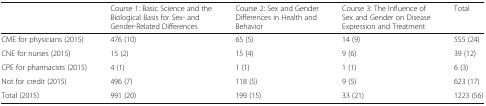
<table><thead><tr><td></td><td><b>Course 1: Basic Science and the Biological Basis for Sex- and Gender-Related Differences</b></td><td><b>Course 2: Sex and Gender Differences in Health and Behavior</b></td><td><b>Course 3: The Influence of Sex and Gender on Disease Expression and Treatment</b></td><td><b>Total</b></td></tr></thead><tbody><tr><td>CME for physicians (2015)</td><td>476 (10)</td><td>65 (5)</td><td>14 (9)</td><td>555 (24)</td></tr><tr><td>CNE for nurses (2015)</td><td>15 (2)</td><td>15 (4)</td><td>9 (6)</td><td>39 (12)</td></tr><tr><td>CPE for pharmacists (2015)</td><td>4 (1)</td><td>1 (1)</td><td>1 (1)</td><td>6 (3)</td></tr><tr><td>Not for credit (2015)</td><td>496 (7)</td><td>118 (5)</td><td>9 (5)</td><td>623 (17)</td></tr><tr><td>Total (2015)</td><td>991 (20)</td><td>199 (15)</td><td>33 (21)</td><td>1223 (56)</td></tr></tbody></table>